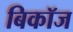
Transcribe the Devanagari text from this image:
बिकॉज